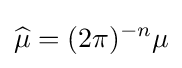
{\widehat {\mu }}=(2\pi )^{-n}\mu